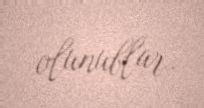
olunublar.